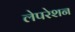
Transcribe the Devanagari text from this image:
लेपरेशन